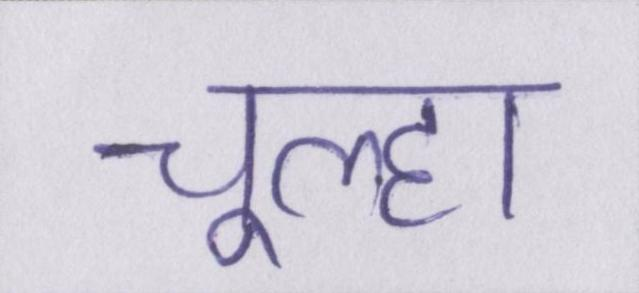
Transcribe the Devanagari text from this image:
चूल्हा